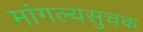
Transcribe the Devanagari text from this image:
मांगल्यसुचक